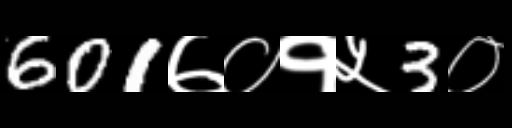
Text: 601७०१५3०